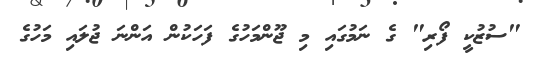
"ސުޒުކީ ފޯރި" ގެ ނަމުގައި މި ޖޫންމަހުގެ ފަހަކުން އަންނަ ޖުލައި މަހުގެ